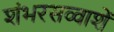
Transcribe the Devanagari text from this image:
शंभरसव्वाशें